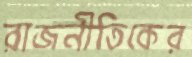
রাজনীতিকের